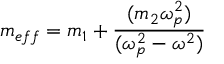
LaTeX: m _ { e f f } = m _ { 1 } + { \frac { ( m _ { 2 } \omega _ { p } ^ { 2 } ) } { ( \omega _ { p } ^ { 2 } - \omega ^ { 2 } ) } }